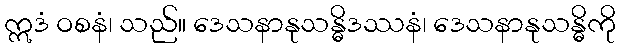
ဣဒံ ဝစနံ၊ သည်။ ဒေသနာနုသန္ဓိဒဿနံ၊ ဒေသနာနုသန္ဓိကို